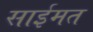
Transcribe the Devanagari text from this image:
साईमत